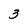
Character: 3